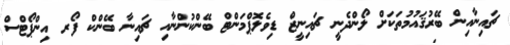
ޗައިނާއިން ބޭރުޤައުމުތަކަށް ލޯންދެނީ ޗައިނީޒް ޑިވެލޮޕްމަންޓް ބޭންކުންނާއި ޗައިނާ ބޭންކް ފޯރ އިންޕޯޓްސް